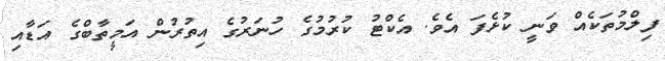
ފިލްމުތަކެއް ވަނީ ކުޅެފަ އެވެ. އެކްޓު ކުރުމުގެ ހުނަރުގެ އިތުރުން އަމީތާބްގެ އަޑާއި